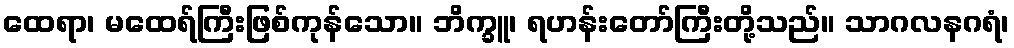
ထေရာ၊ မထေရ်ကြီးဖြစ်ကုန်သော။ ဘိက္ခူ၊ ရဟန်းတော်ကြီးတို့သည်။ သာဂလနဂရံ၊